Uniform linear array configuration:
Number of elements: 48
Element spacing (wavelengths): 0.75
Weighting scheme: uniform
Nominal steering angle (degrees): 60
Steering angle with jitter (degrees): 60.281
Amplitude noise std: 0.05
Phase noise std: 0.05

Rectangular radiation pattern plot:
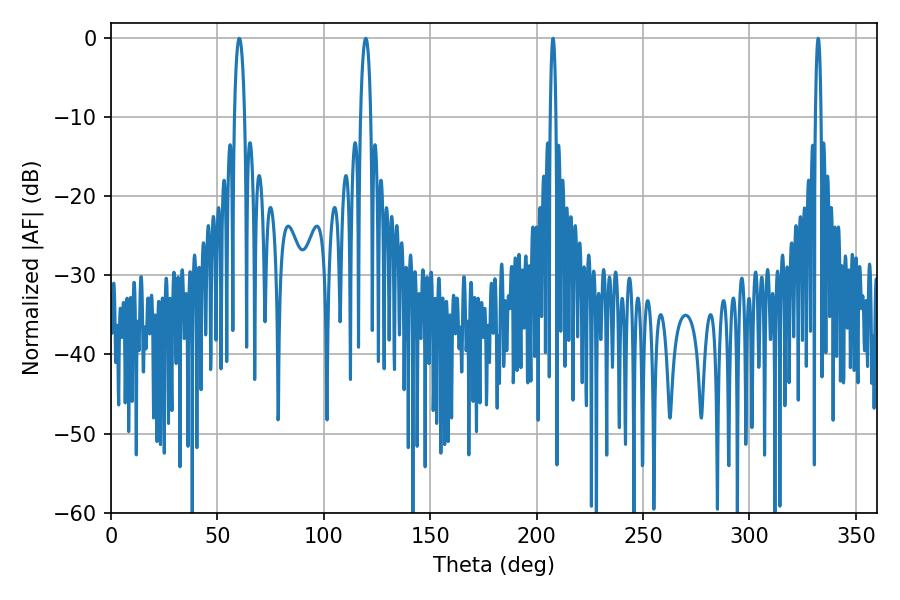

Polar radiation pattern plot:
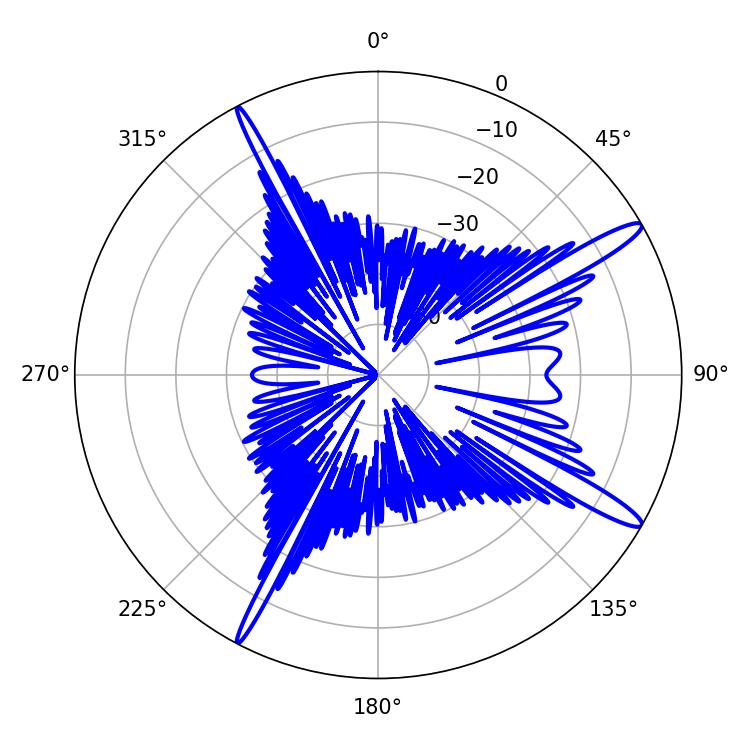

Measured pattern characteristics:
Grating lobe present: TRUE
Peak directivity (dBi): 14.656
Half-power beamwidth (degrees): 2.7
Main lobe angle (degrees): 60.3